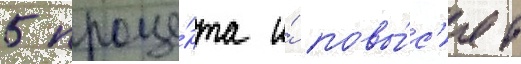
5 проце́нта и́ повы́с'ят